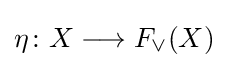
\eta \colon X\longrightarrow F_{\vee }(X)